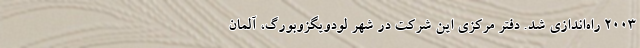
2003 راه‌اندازی شد. دفتر مرکزی این شرکت در شهر لودویگزوبورگ، آلمان